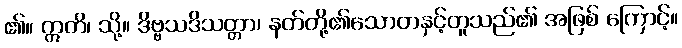
၏။ ဣတိ၊ သို့။ ဒိဗ္ဗသဒိသတ္တာ၊ နတ်တို့၏သောတနှင့်တူသည်၏ အဖြစ် ကြောင့်။